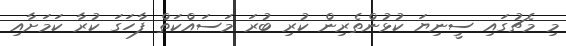
މި މެޗުގައި ސީނިޔަ ކުޅުންތެރިން ކުރި ބުރަ މަސައްކަތް ފާހަގަ ކުރާ ކަމަށާއި